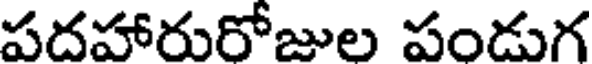
పదహారురోజుల పండుగ